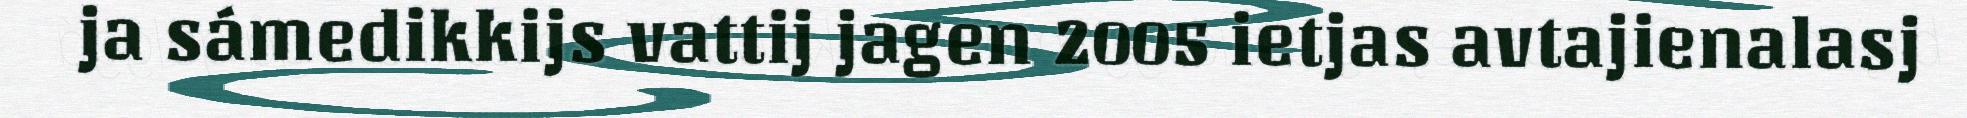
ja sámedikkijs vattij jagen 2005 ietjas avtajienalasj